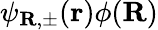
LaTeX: \psi_{\textbf{R},\pm}(\textbf{r})\phi(\textbf{R})